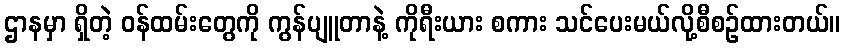
ဌာနမှာ ရှိတဲ့ ဝန်ထမ်းတွေကို ကွန်ပျူတာနဲ့ ကိုရီးယား စကား သင်ပေးမယ်လို့စီစဉ်ထားတယ်။